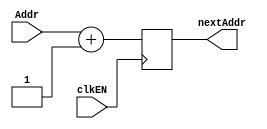
module PCplusOne(input [4:0]Addr, input clkEN, output [4:0]nextAddr);
    reg [4:0] nextAddr;
    always @(posedge clkEN) begin
        nextAddr = Addr + 1;
    end
endmodule